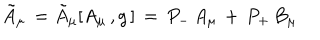
LaTeX: { \tilde { A } } _ { \mu } \, = { \tilde { A } } _ { \mu } [ A _ { \mu } \, , g \, ] \, = \, P _ { - } \, A _ { \mu } \, + \, P _ { + } \, B _ { \mu }